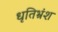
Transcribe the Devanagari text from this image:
धृतिभ्रंश